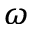
\omega